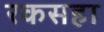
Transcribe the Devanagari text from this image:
रकसहा